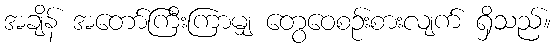
အချိန် အတော်ကြီးကြာမျှ တွေဝေစဉ်းစားလျက် ရှိသည်။